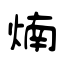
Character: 煵